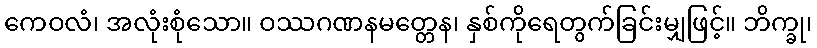
ကေဝလံ၊ အလုံးစုံသော။ ဝဿဂဏနမတ္တေန၊ နှစ်ကိုရေတွက်ခြင်းမျှဖြင့်။ ဘိက္ခု၊